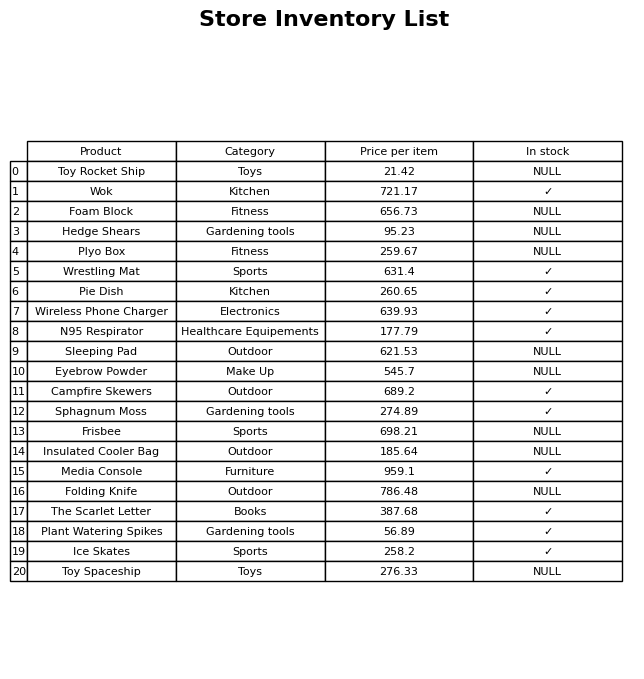
question: What is the price for Insulated Cooler Bag?
answer: The price of Insulated Cooler Bag is 185.64.